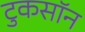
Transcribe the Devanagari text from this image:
टुकसॉन